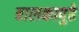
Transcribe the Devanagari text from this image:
बालकापुढे